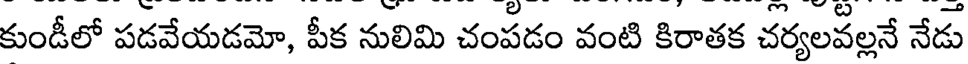
కుండీలో పడవేయడమో, పీక నులిమి చంపడం వంటి కిరాతక చర్యలవల్లనే నేడు